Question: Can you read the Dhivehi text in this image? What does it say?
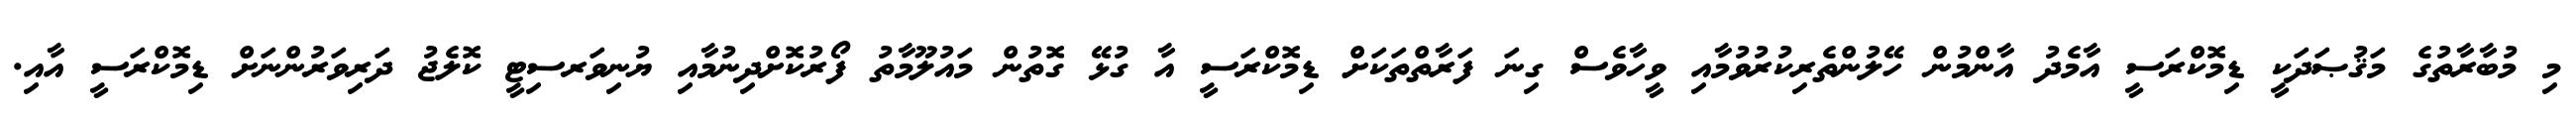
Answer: މި މުބާރާތުގެ މަޤުޞަދަކީ ޑިމޮކްރަސީ އާމެދު އާންމުން ހޭލުންތެރިކުރުވުމާއި ވީހާވެސް ގިނަ ފަރާތްތަކަށް ޑިމޮކްރަސީ އާ ގުޅޭ ގޮތުން މައުލޫމާތު ފޯރުކޮށްދިނުމާއި ޔުނިވަރސިޓީ ކޮލެޖު ދަރިވަރުންނަށް ޑިމޮކްރަސީ އާއި.